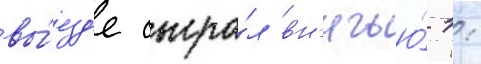
вы́езд'е сыгра́л вн'ичью́ 1: